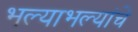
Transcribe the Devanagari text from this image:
भल्याभल्यांचे